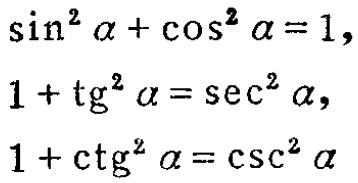
\(\sin^{2} \alpha+\cos^{2} \alpha = 1,\)

\(1+\mathrm{tg}^{2} \alpha=\sec^{2} \alpha,\)

\(1+\mathrm{ctg}^{2} \alpha=\csc^{2} \alpha\)